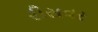
રીસવર